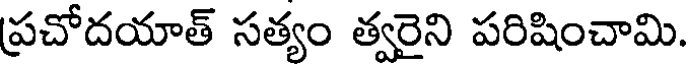
ప్రచోదయాత్ సత్యం త్వరైని పరిషించామి.